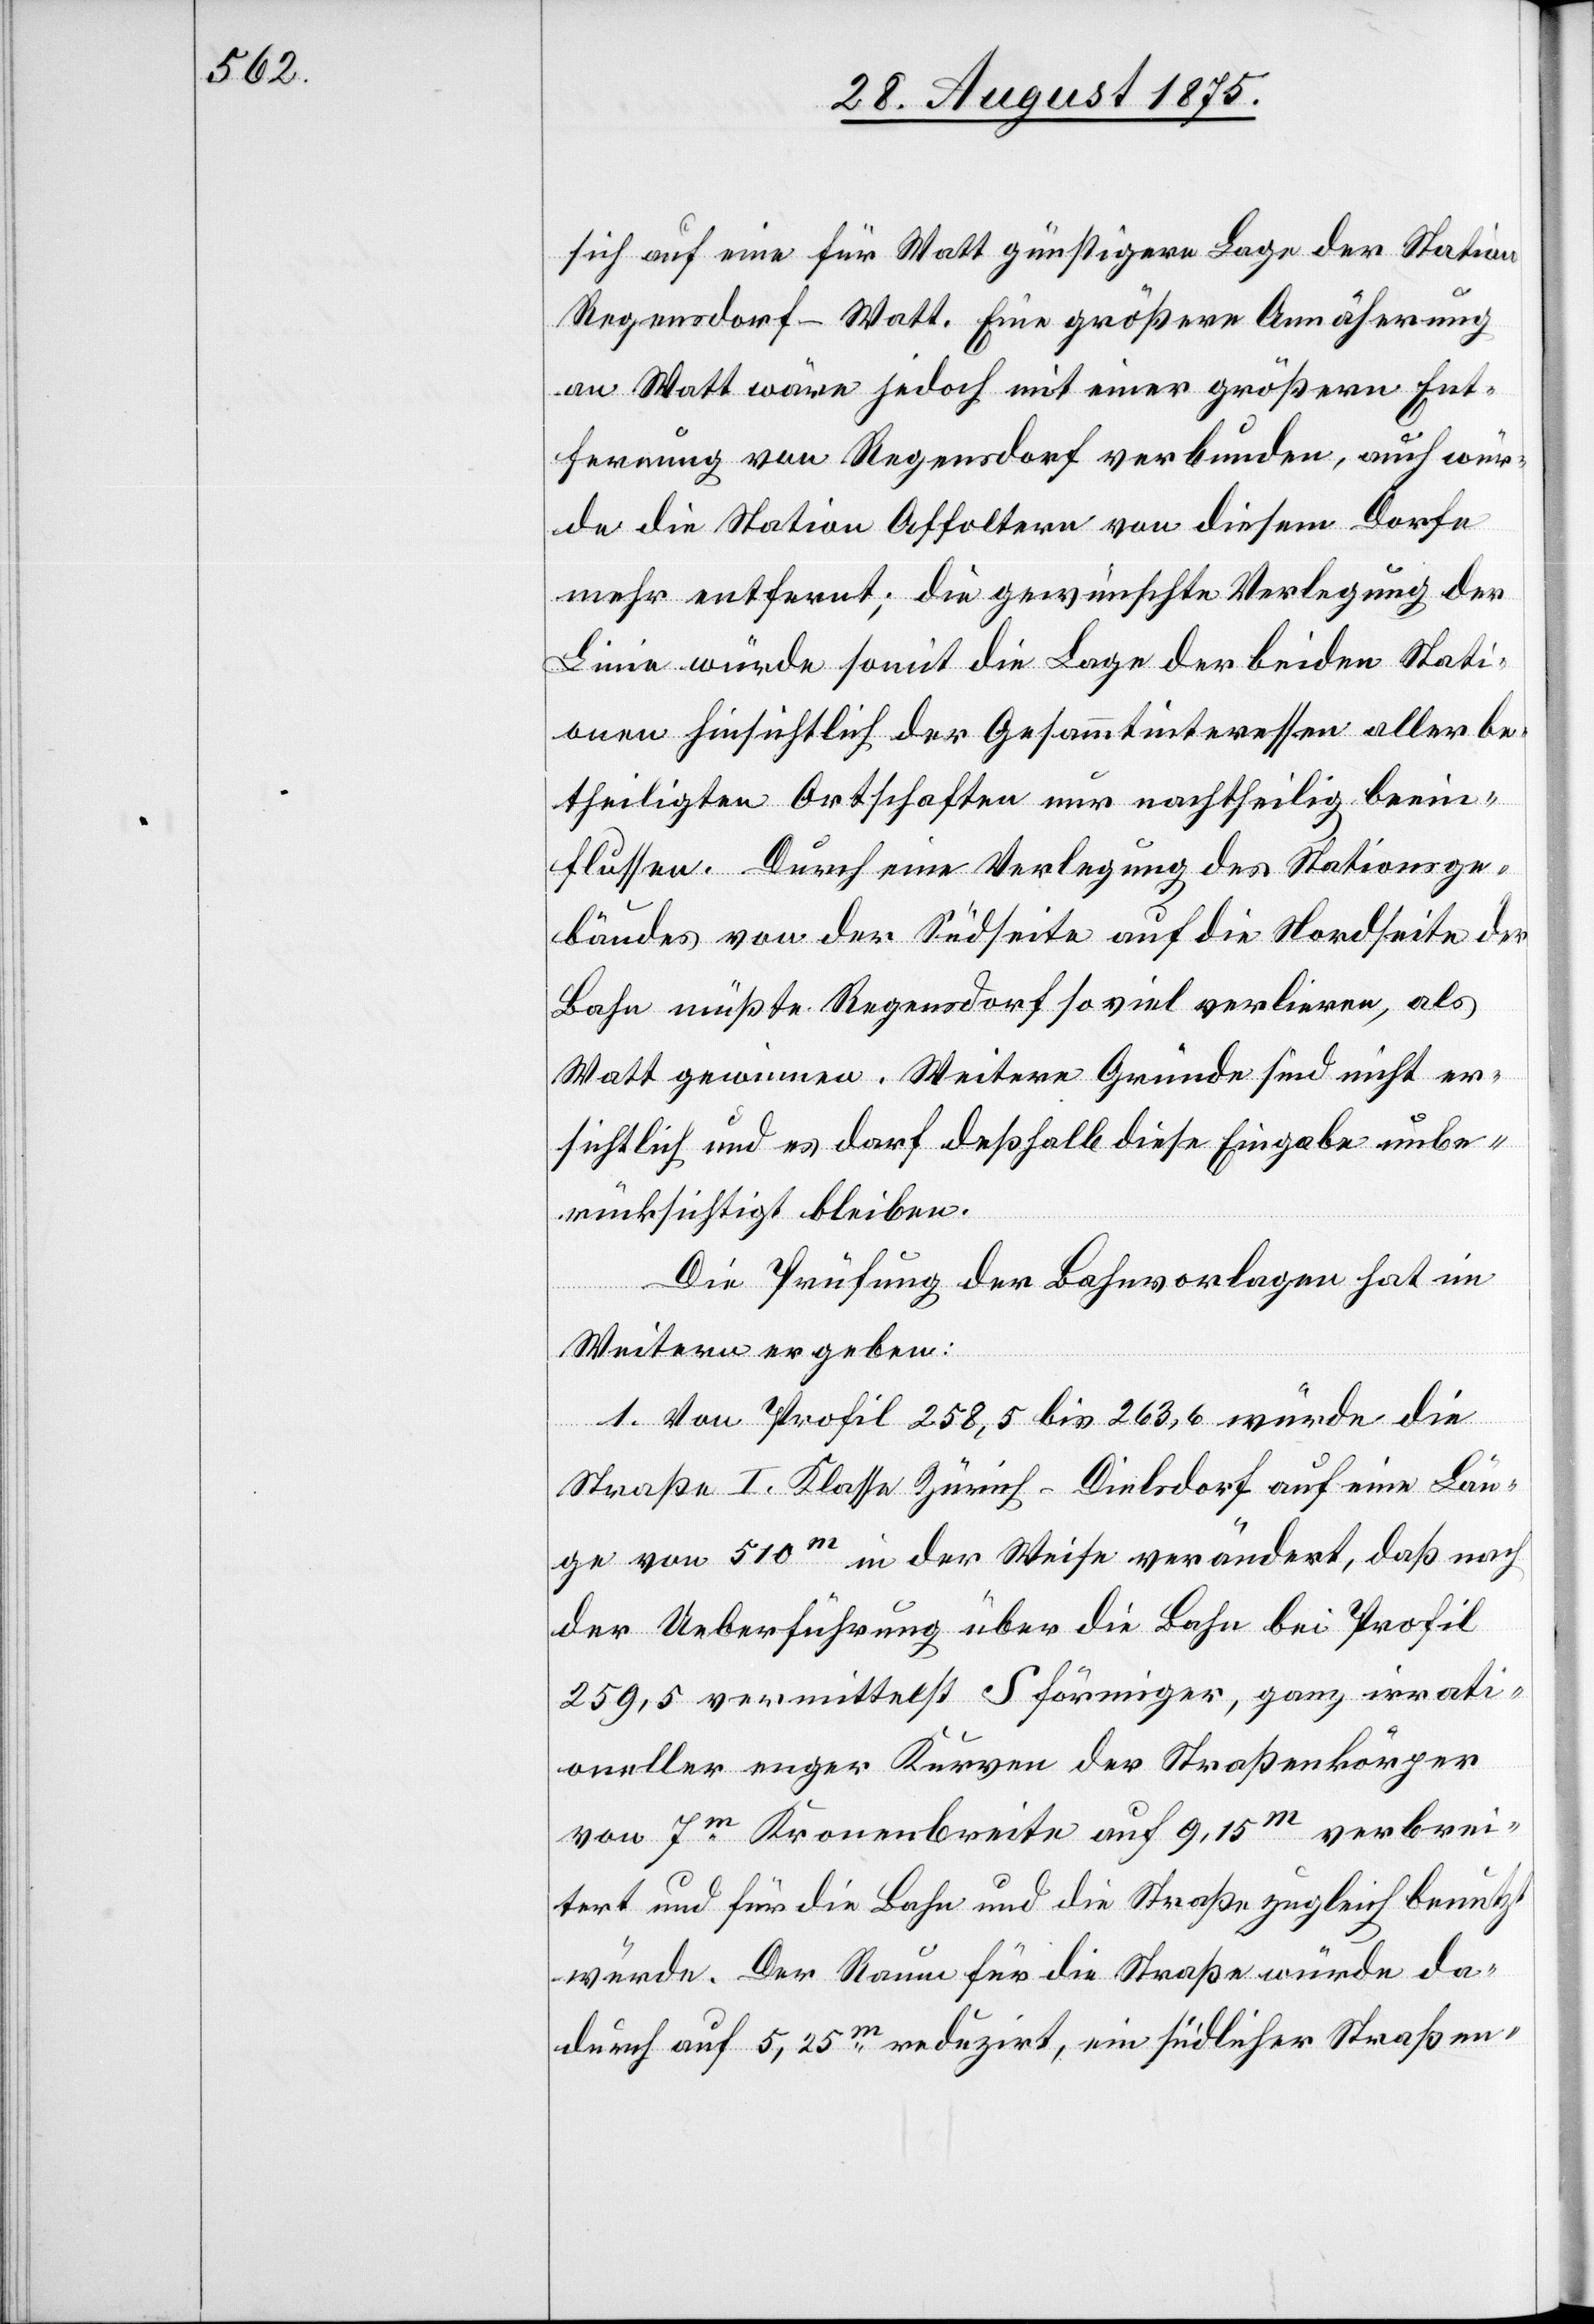
sich auf eine für Watt günstigere Lage der Station
Regensdorf-Watt. Eine größere Annäherung
an Watt wäre jedoch mit einer größern Ent¬
fernung von Regensdorf verbunden, auch wür¬
de die Station Affoltern von diesem Dorfe
mehr entfernt; die gewünschte Verlegung der
Linie würde somit die Lage der beiden Stati¬
onen hinsichtlich der Gesammtinteressen aller be¬
theiligten Ortschaften nur nachtheilig beein¬
flussen. Durch eine Verlegung des Stationsge¬
bäudes von der Südseite auf die Nordseite der
Bahn müßte Regensdorf so viel verlieren, als
Watt gewinnen. Weitere Gründe sind nicht er¬
sichtlich und es darf deßhalb diese Eingabe unbe¬
rücksichtigt bleiben.
Die Prüfung der Bahnvorlagen hat im
Weitern ergeben:
1. Von Profil 258,5 bis 263,6 würde die
Straße I. Klasse Zürich–Dielsdorf auf eine Län¬
ge von 510m in der Weise verändert, daß nach
der Ueberführung über die Bahn bei Profil
259,5 vermittelst S förmiger, ganz irrati¬
oneller enger Kurven der Straßenkörper
von 7m Kronenbreite auf 9,15m verbrei¬
tert und für die Bahn und die Straße zugleich benutzt
würde. Der Raum für die Straße würde da¬
durch auf 5,25m reduzirt, ein südlicher Straßen-